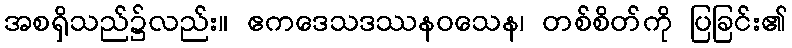
အစရှိသည်၌လည်း။ ဧကဒေသဒဿနဝသေန၊ တစ်စိတ်ကို ပြခြင်း၏